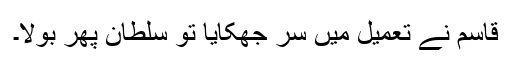
قاسم نے تعمیل میں سر جھکایا تو سلطان پھر بولا۔